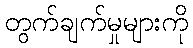
တွက်ချက်မှုများကို